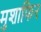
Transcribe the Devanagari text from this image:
मुशाफिर